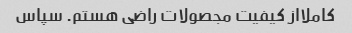
کاملااز کیفیت مجصولات راضی هستم. سپاس